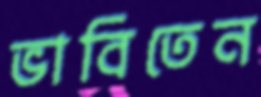
ভাবিতেন